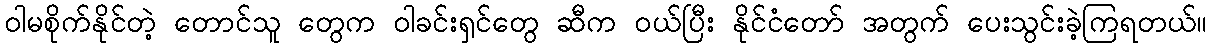
ဝါမစိုက်နိုင်တဲ့ တောင်သူ တွေက ဝါခင်းရှင်တွေ ဆီက ဝယ်ပြီး နိုင်ငံတော် အတွက် ပေးသွင်းခဲ့ကြရတယ်။